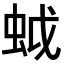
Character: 𧊎